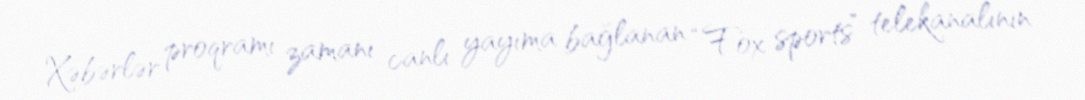
Xəbərlər proqramı zamanı canlı yayıma bağlanan “Fox sports” telekanalının